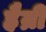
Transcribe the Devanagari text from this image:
हैन्री